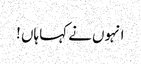
انہوں نے کہا ہاں !